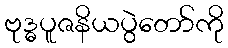
ဗုဒ္ဓပူဇနိယပွဲတော်ကို